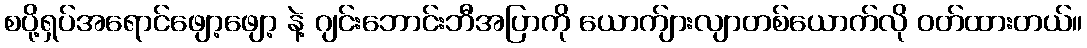
စပို့ရှပ်အရောင်ဖျော့ဖျော့ နဲ့ ဂျင်းဘောင်းဘီအပြာကို ယောက်ျားလျာတစ်ယောက်လို ဝတ်ထားတယ်။